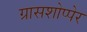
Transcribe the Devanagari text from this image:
ग्रासशोप्पेर